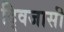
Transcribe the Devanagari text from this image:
द्विजासी